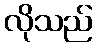
လိုသည်